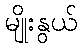
မျိုးနွယ်